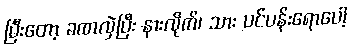
ပြီးတော့ ခဏလှဲပြီး နားလိုက်၊ သား ပင်ပန်းရောပေါ့